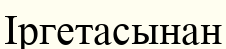
Іргетасынан